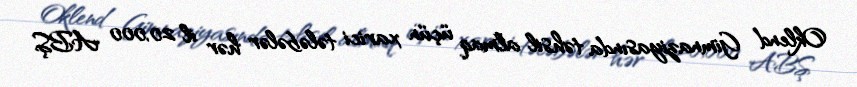
Oklend Gimnaziyasında təhsil almaq üçün xarici tələbələr hər il 20,000 ABŞ